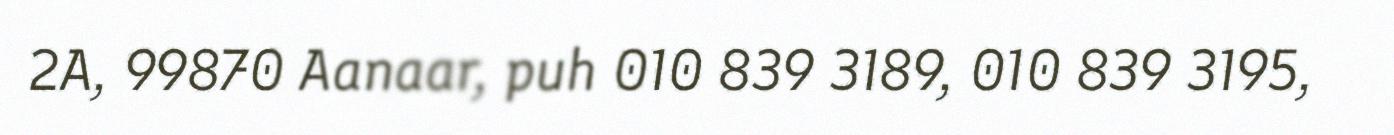
2A, 99870 Aanaar, puh 010 839 3189, 010 839 3195,